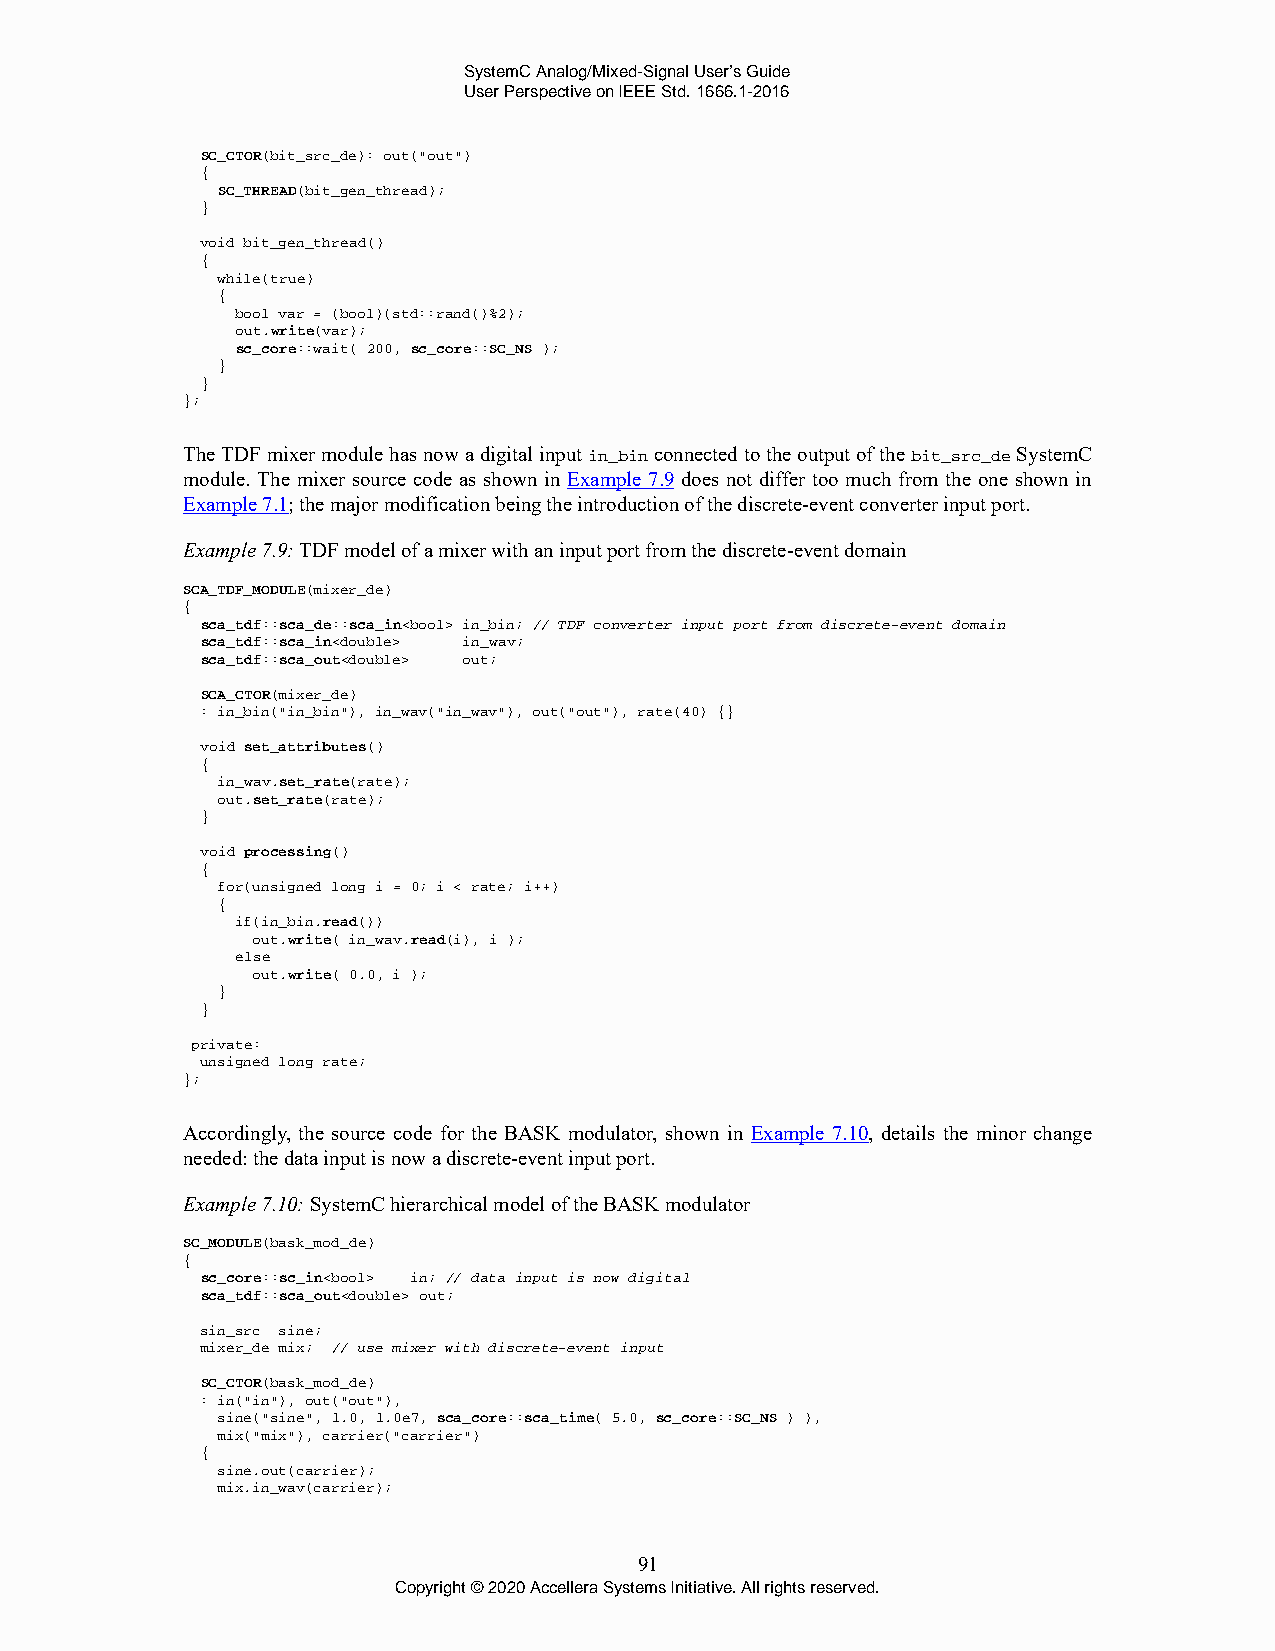
SystemC Analog/Mixed-Signal User’s Guide
 User Perspective on IEEE Std. 1666.1-2016
 SC_CTOR(bit_src_de): out("out")
 {
 SC_THREAD(bit_gen_thread);
 }
 void bit_gen_thread()
 {
 while(true)
 {
 bool var = (bool)(std::rand()%2);
 out.write(var);
 sc_core::wait( 200, sc_core::SC_NS );
 }
 }
 };
 The TDF mixer module has now a digital input in_bin connected to the output of the bit_src_de SystemC
 module. The mixer source code as shown in Example 7.9 does not differ too much from the one shown in
 Example 7.1; the major modification being the introduction of the discrete-event converter input port.
 Example 7.9: TDF model of a mixer with an input port from the discrete-event domain
 SCA_TDF_MODULE(mixer_de)
 {
 sca_tdf::sca_de::sca_in<bool> in_bin; // TDF converter input port from discrete-event domain
 sca_tdf::sca_in<double> in_wav;
 sca_tdf::sca_out<double> out;
 SCA_CTOR(mixer_de)
 : in_bin("in_bin"), in_wav("in_wav"), out("out"), rate(40) {}
 void set_attributes()
 {
 in_wav.set_rate(rate);
 out.set_rate(rate);
 }
 void processing()
 {
 for(unsigned long i = 0; i < rate; i++)
 {
 if(in_bin.read())
 out.write( in_wav.read(i), i );
 else
 out.write( 0.0, i );
 }
 }
 private:
 unsigned long rate;
 };
 Accordingly, the source code for the BASK modulator, shown in Example 7.10, details the minor change
 needed: the data input is now a discrete-event input port.
 Example 7.10: SystemC hierarchical model of the BASK modulator
 SC_MODULE(bask_mod_de)
 {
 sc_core::sc_in<bool> in; // data input is now digital
 sca_tdf::sca_out<double> out;
 sin_src sine;
 mixer_de mix; // use mixer with discrete-event input
 SC_CTOR(bask_mod_de)
 : in("in"), out("out"),
 sine("sine", 1.0, 1.0e7, sca_core::sca_time( 5.0, sc_core::SC_NS ) ),
 mix("mix"), carrier("carrier")
 {
 sine.out(carrier);
 mix.in_wav(carrier);
 91
 Copyright © 2020 Accellera Systems Initiative. All rights reserved.